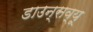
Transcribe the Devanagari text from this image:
डाउन्सव्यू